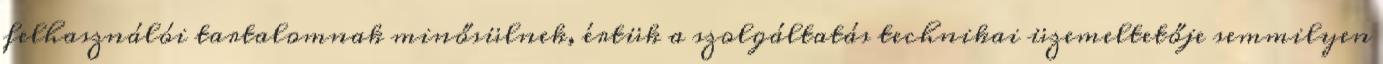
felhasználói tartalomnak minősülnek, értük a szolgáltatás technikai üzemeltetője semmilyen